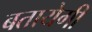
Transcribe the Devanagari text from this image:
बतायेगी